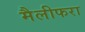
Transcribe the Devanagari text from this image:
मैलीफरा